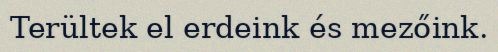
Terültek el erdeink és mezőink.